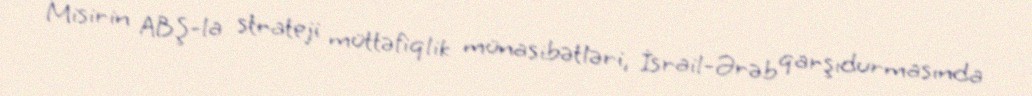
Misirin ABŞ-la strateji müttəfiqlik münasibətləri, İsrail-Ərəb qarşıdurmasında